system: You are a helpful assistant.
user:
Analyze the provided spectrum to determine if it is a **M-type Giant (gM)**.

A M-type Giant spectrum is defined by its **strong molecular absorption** features, particularly from **Titanium Oxide (TiO)**. You must check for one of the following mutually exclusive signatures:

- **Key Visual Indicators (Absorption-Dominated Spectrum):**

    - **(Primary):** The spectrum is dominated by strong molecular absorption from **Titanium Oxide (TiO)**. This is the **defining feature** of its M-type temperature class.
        - **(Key Bandheads):** Look for sharp, "saw-tooth" absorption valleys. The strongest are located near **~7050 Å**, **~6160 Å**, and **~5170 Å**.
        - **(Line Profile):** The "saw-tooth" morphology is critical: a **sharp, steep drop on the BLUE (short-wavelength) side** of the bandhead, followed by a gradual recovery (rising flux) towards the RED (long-wavelength) side.

    - **(Key Confirmation - Giant vs. Dwarf):** **ABSENCE** of strong **Calcium Hydride (CaH)** molecular bands. This is the primary diagnostic for *excluding* M-dwarfs.
        - **(Key Region):** The spectrum should lack the strong, broad absorption band seen in dwarfs between **~6800 Å and ~7000 Å**.

    - **(Secondary Confirmation - Giant):** A very strong and broad **Neutral Calcium (Ca I)** atomic absorption line.
        - **(Key Line):** Located at **~4226 Å**. In a giant (gM), this line is significantly deeper and broader than the same line in an M-dwarf (dM) due to low surface gravity.

    - **(Overall Spectrum):**
        - The continuum is **extremely red-sloping** (i.e., flux is very low in the blue and rises dramatically towards the red).
        - The entire spectrum appears "chopped up" by the deep TiO bands.

Think first, call **spectral_visualization_tool** if needed to examine features in detail, then provide your final answer. Your response must adhere to the following strict rules:
1.  **Overall Structure:** Your response must follow the format `<think>...</think> <tool_call>...</tool_call> (if a tool is used) <answer>...</answer>`.
2.  **Tool Usage Constraint:** You may only make **one** tool call per turn.
3.  **Final Answer Format:** In the `<answer>` tag, your conclusion must be inside a `\boxed{}` command (e.g., `\boxed{YES}` or `\boxed{NO}`), followed by your justification.

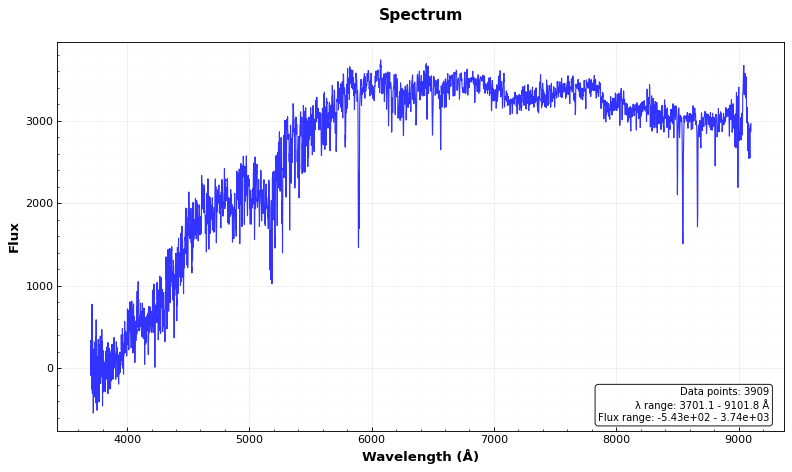
Answer: NO